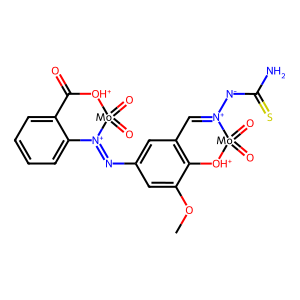
SMILES: COc1cc(N=[N+]2c3ccccc3C(=O)[OH+][Mo]2(=O)=O)cc2c1[OH+][Mo](=O)(=O)[N+]([N-]C(N)=S)=C2
Inhibits HIV replication: No